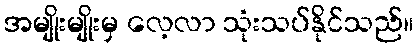
အမျိုးမျိုးမှ လေ့လာ သုံးသပ်နိုင်သည်။